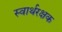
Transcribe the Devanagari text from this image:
स्वार्थरक्षक